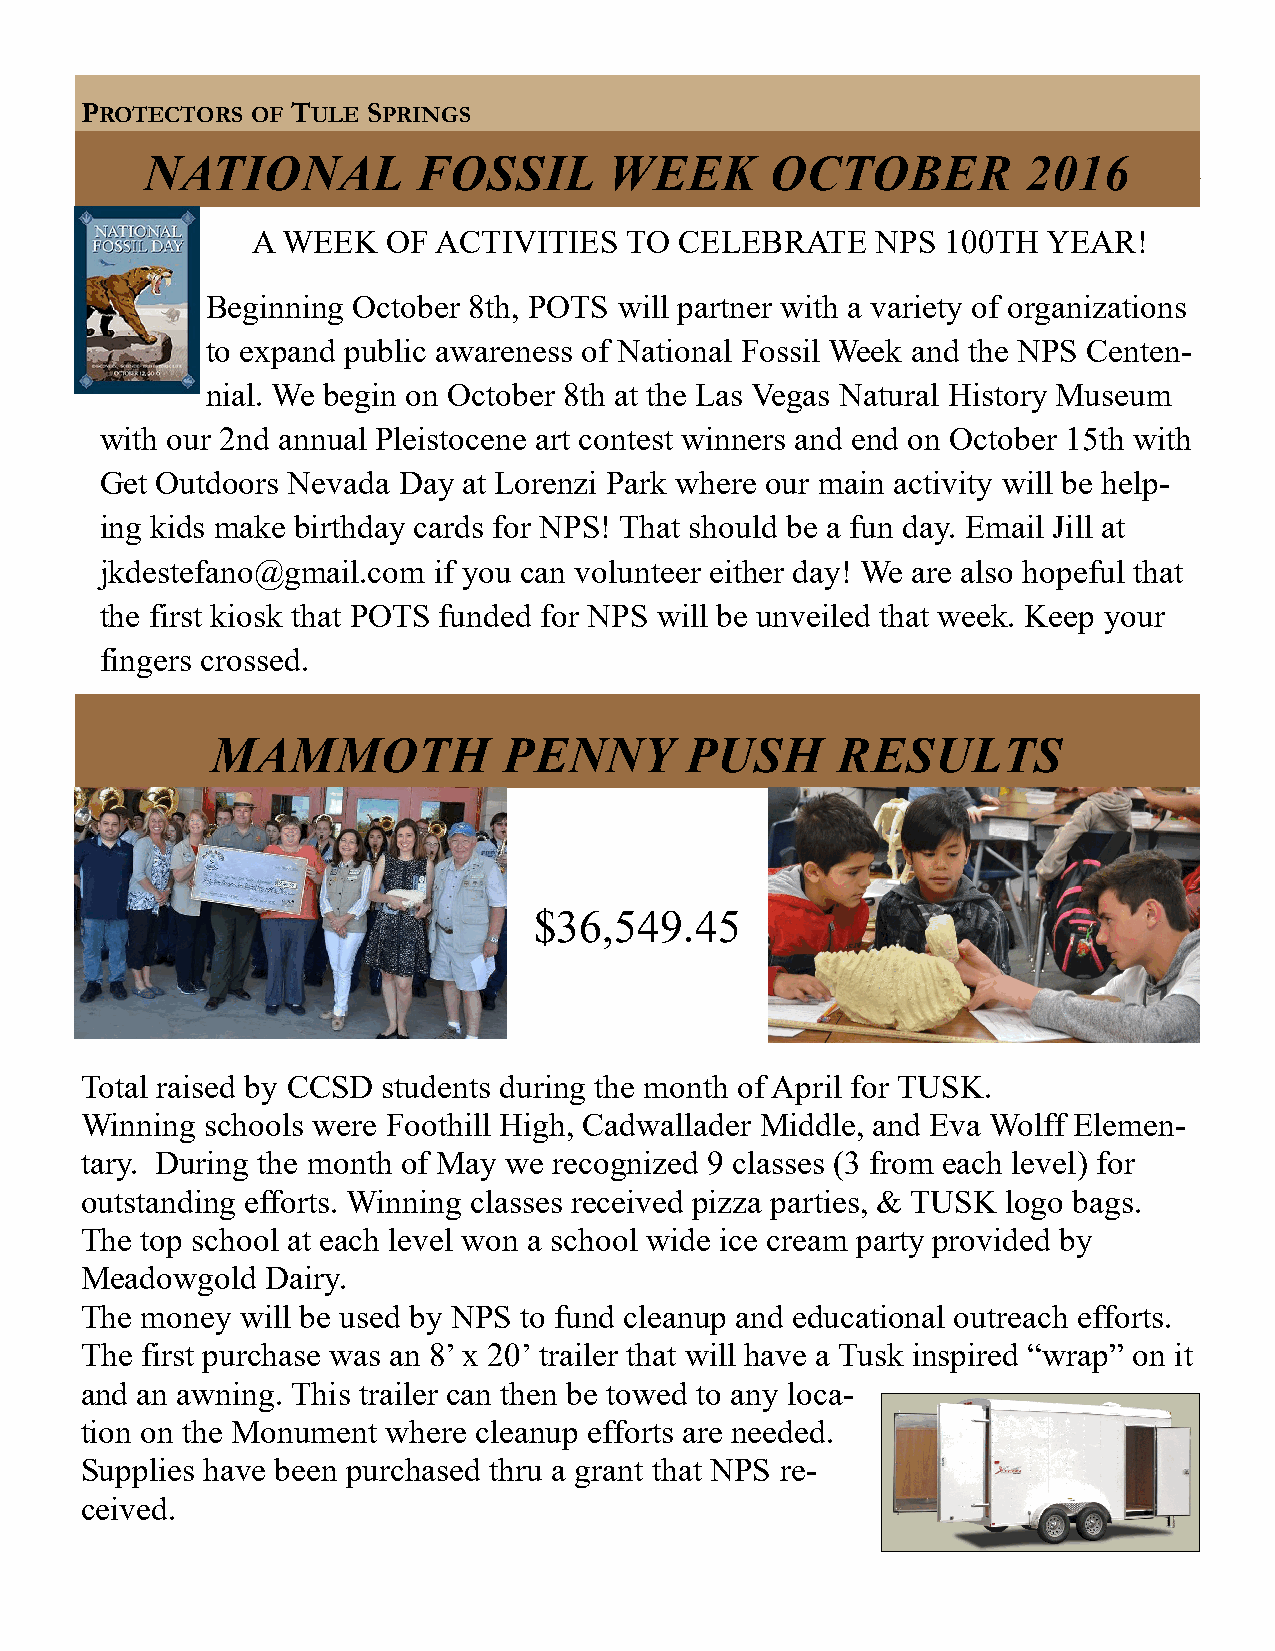
PROTECTORS OF TULE SPRINGS
 PROTECTORS  OF TULE SPRINGS
 Page 3
 NATIONAL          FOSSIL      WEEK       OCTOBER          2016
 A WEEK   OF ACTIVITIES  TO  CELEBRATE    NPS  100TH YEAR!
 Beginning October 8th, POTS will partner with a variety of organizations
 to expand public awareness of National Fossil Week and the NPS Centen-
 nial. We begin on October 8th at the Las Vegas Natural History Museum
 with our 2nd annual Pleistocene art contest winners and end on October 15th with
 Get Outdoors Nevada Day at Lorenzi Park where our main activity will be help-
 ing kids make birthday cards for NPS! That should be a fun day. Email Jill at
 jkdestefano@gmail.com if you can volunteer either day! We are also hopeful that
 the first kiosk that POTS funded for NPS will be unveiled that week. Keep your
 fingers crossed.
 MAMMOTH            PENNY       PUSH      RESULTS
 $36,549.45
 Total raised by CCSD students during the month of April for TUSK.
 Winning  schools were Foothill High, Cadwallader Middle, and Eva Wolff Elemen-
 tary. During the month of May we recognized 9 classes (3 from each level) for
 outstanding efforts. Winning classes received pizza parties, & TUSK logo bags.
 The top school at each level won a school wide ice cream party provided by
 Meadowgold   Dairy.
 The money  will be used by NPS to fund cleanup and educational outreach efforts.
 The first purchase was an 8’ x 20’ trailer that will have a Tusk inspired “wrap” on it
 and an awning. This trailer can then be towed to any loca-
 tion on the Monument where cleanup efforts are needed.
 Supplies have been purchased thru a grant that NPS re-
 ceived.